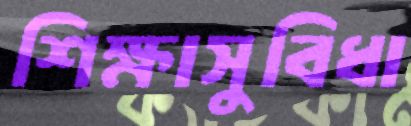
শিক্ষাসুবিধা